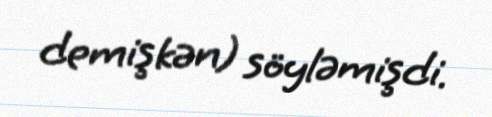
demişkən) söyləmişdi.